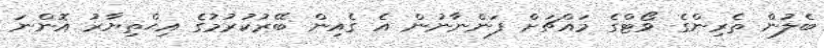
ބެލުން ތެރިންގެ ވޯޓްގެ މައްޗަށް ފަންނާނުން އެ ގެއިން ބޭރުކުރުމުގެ އިޙްތިޔާރު އޮންނަ